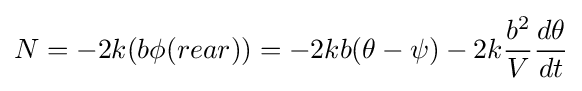
N=-2k(b\phi (rear))=-2kb(\theta -\psi )-2k{\frac {b^{2}}{V}}{\frac {d\theta }{dt}}